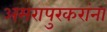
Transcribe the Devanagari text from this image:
अमरापुरकरांना